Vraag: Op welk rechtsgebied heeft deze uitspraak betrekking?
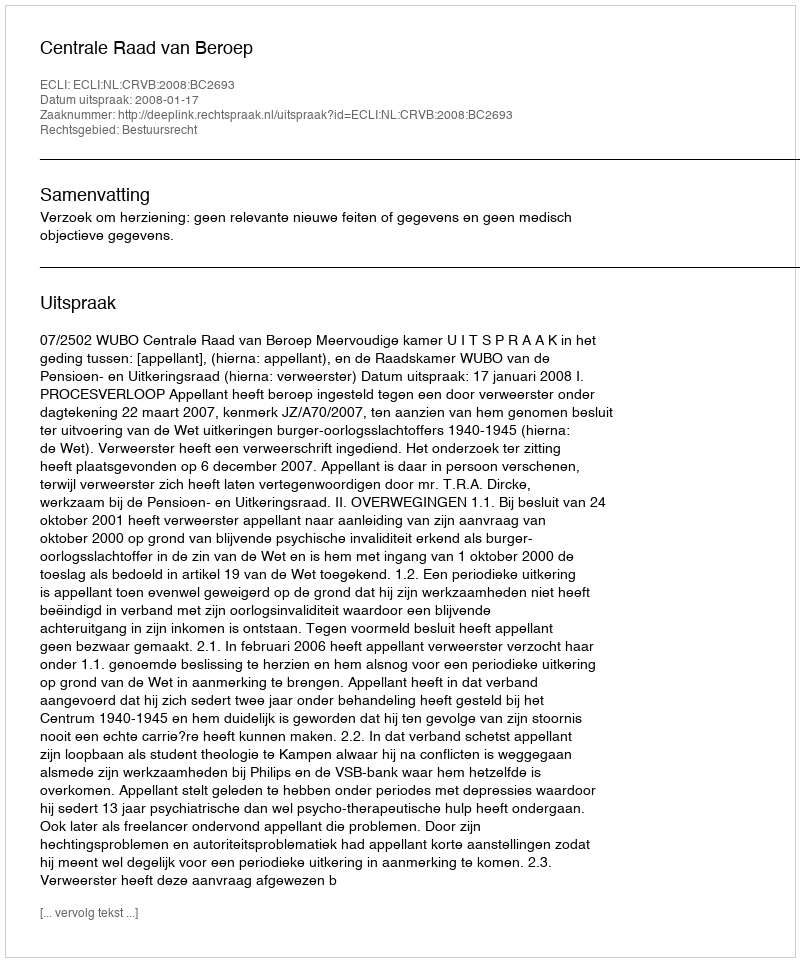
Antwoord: Bestuursrecht